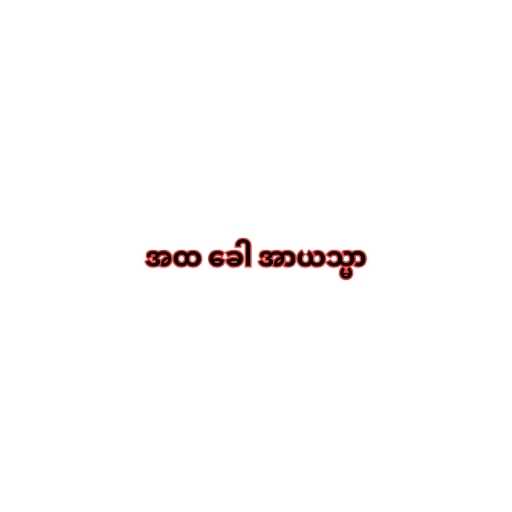
အထ ခေါ အာယသ္မာ